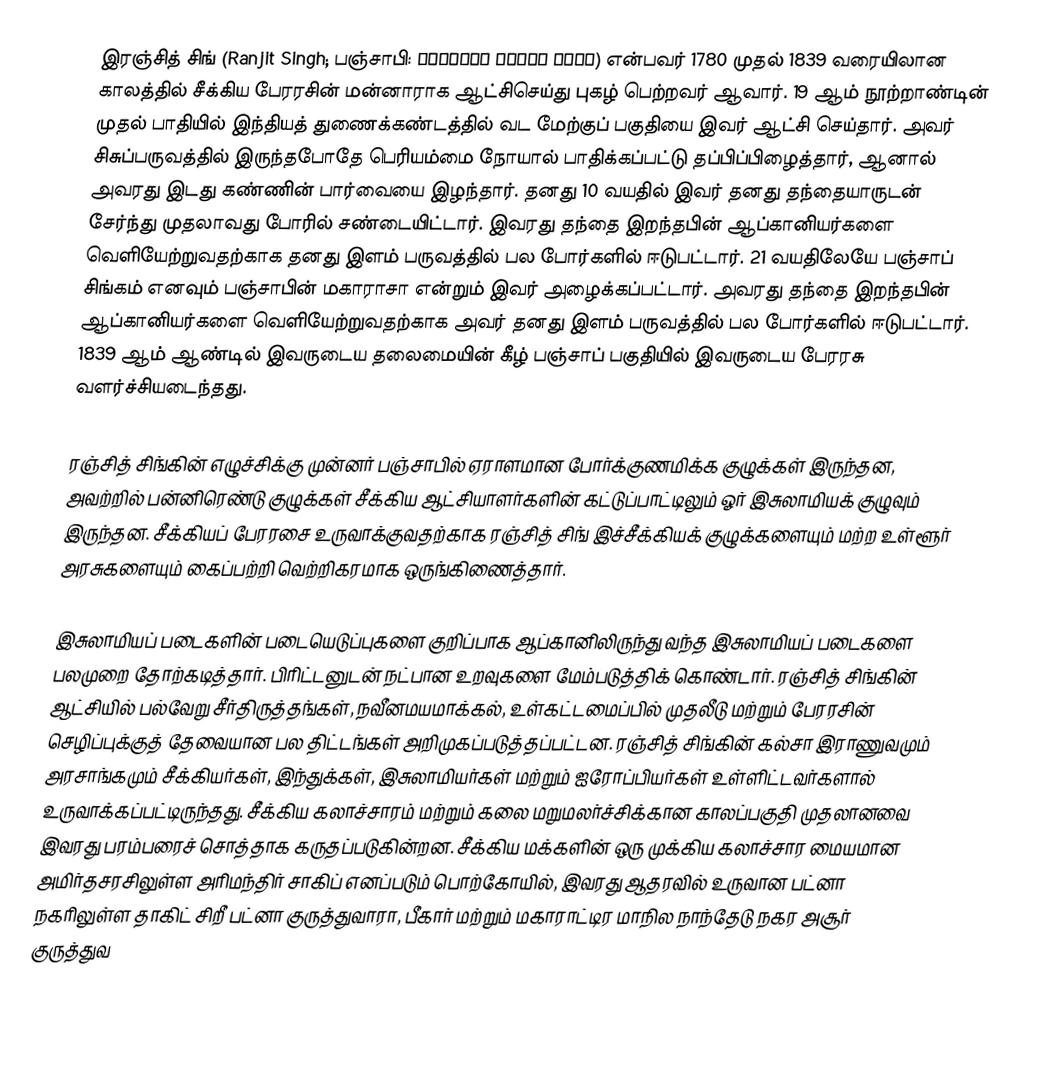
இரஞ்சித் சிங் (Ranjit Singh; பஞ்சாபி: ਮਹਾਰਾਜਾ ਰਣਜੀਤ ਸਿੰਘ) என்பவர் 1780 முதல் 1839  வரையிலான காலத்தில் சீக்கிய பேரரசின் மன்னாராக ஆட்சிசெய்து புகழ் பெற்றவர் ஆவார். 19 ஆம் நூற்றாண்டின் முதல் பாதியில் இந்தியத் துணைக்கண்டத்தில் வட மேற்குப் பகுதியை இவர் ஆட்சி செய்தார். அவர் சிசுப்பருவத்தில் இருந்தபோதே பெரியம்மை நோயால் பாதிக்கப்பட்டு தப்பிப்பிழைத்தார், ஆனால் அவரது இடது கண்ணின் பார்வையை இழந்தார். தனது 10 வயதில் இவர் தனது தந்தையாருடன் சேர்ந்து முதலாவது போரில் சண்டையிட்டார். இவரது தந்தை இறந்தபின் ஆப்கானியர்களை வெளியேற்றுவதற்காக தனது இளம் பருவத்தில் பல போர்களில் ஈடுபட்டார். 21 வயதிலேயே பஞ்சாப் சிங்கம் எனவும் பஞ்சாபின் மகாராசா என்றும் இவர் அழைக்கப்பட்டார். அவரது தந்தை இறந்தபின் ஆப்கானியர்களை வெளியேற்றுவதற்காக அவர் தனது இளம் பருவத்தில் பல போர்களில் ஈடுபட்டார். 1839 ஆம் ஆண்டில் இவருடைய தலைமையின் கீழ் பஞ்சாப் பகுதியில் இவருடைய பேரரசு வளர்ச்சியடைந்தது.

ரஞ்சித் சிங்கின் எழுச்சிக்கு முன்னர் பஞ்சாபில் ஏராளமான போர்க்குணமிக்க குழுக்கள் இருந்தன, அவற்றில் பன்னிரெண்டு குழுக்கள் சீக்கிய ஆட்சியாளர்களின் கட்டுப்பாட்டிலும் ஓர் இசுலாமியக் குழுவும் இருந்தன. சீக்கியப் பேரரசை உருவாக்குவதற்காக ரஞ்சித் சிங் இச்சீக்கியக் குழுக்களையும் மற்ற உள்ளூர் அரசுகளையும் கைப்பற்றி வெற்றிகரமாக ஒருங்கிணைத்தார்.

இசுலாமியப் படைகளின் படையெடுப்புகளை குறிப்பாக ஆப்கானிலிருந்து வந்த இசுலாமியப் படைகளை  பலமுறை தோற்கடித்தார். பிரிட்டனுடன் நட்பான உறவுகளை மேம்படுத்திக் கொண்டார். ரஞ்சித் சிங்கின் ஆட்சியில் பல்வேறு சீர்திருத்தங்கள், நவீனமயமாக்கல், உள்கட்டமைப்பில் முதலீடு மற்றும் பேரரசின் செழிப்புக்குத் தேவையான பல திட்டங்கள் அறிமுகப்படுத்தப்பட்டன. ரஞ்சித் சிங்கின் கல்சா இராணுவமும் அரசாங்கமும் சீக்கியர்கள், இந்துக்கள், இசுலாமியர்கள் மற்றும் ஐரோப்பியர்கள் உள்ளிட்டவர்களால் உருவாக்கப்பட்டிருந்தது. சீக்கிய கலாச்சாரம் மற்றும் கலை மறுமலர்ச்சிக்கான காலப்பகுதி முதலானவை இவரது பரம்பரைச் சொத்தாக கருதப்படுகின்றன. சீக்கிய மக்களின் ஒரு முக்கிய கலாச்சார மையமான அமிர்தசரசிலுள்ள அரிமந்திர் சாகிப் எனப்படும் பொற்கோயில், இவரது ஆதரவில் உருவான பட்னா நகரிலுள்ள தாகிட் சிறீ பட்னா குருத்துவாரா, பீகார் மற்றும் மகாராட்டிர மாநில நாந்தேடு நகர அசூர் குருத்துவ